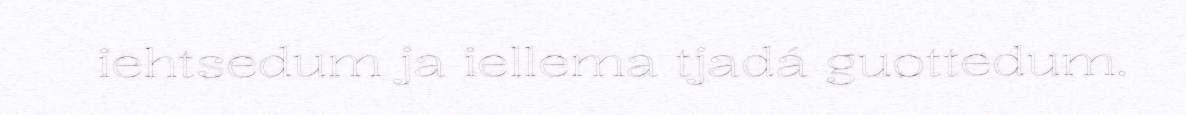
iehtsedum ja iellema tjadá guottedum.